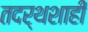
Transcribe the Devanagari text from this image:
तदर्थशाही